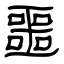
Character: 噩